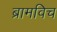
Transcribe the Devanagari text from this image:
ब्रामविच